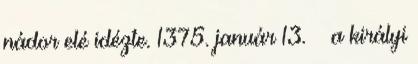
nádor elé idézte. 1375. január 13. – a királyi